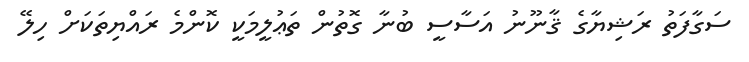
ސަގާފަތު ރަޝިޔާގެ ޤާނޫނު އަސާސީ ބުނާ ގޮތުން ތަޢުލީމަކީ ކޮންމެ ރައްޔިތަކަށް ހިލޭ